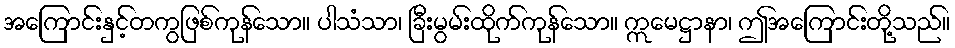
အကြောင်းနှင့်တကွဖြစ်ကုန်သော။ ပါသံသာ၊ ခြီးမွမ်းထိုက်ကုန်သော။ ဣမေဋ္ဌာနာ၊ ဤအကြောင်းတို့သည်။